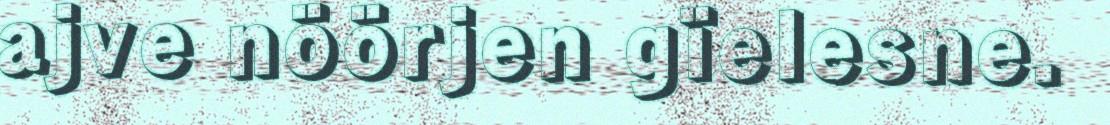
ajve nöörjen gïelesne.